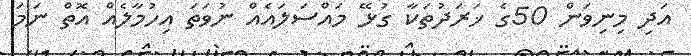
އަދި މިނިވަން 50ގެ ޚަރަދުތަަކާ ގުޅޭ މައްސަލައެއް ނުވަތަ އިހުމާލެއް އޮތް ނަަމަ